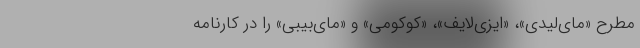
مطرح «مای‌لیدی»، «ایزی‌لایف»، «کوکومی» و «مای‌بیبی» را در کارنامه